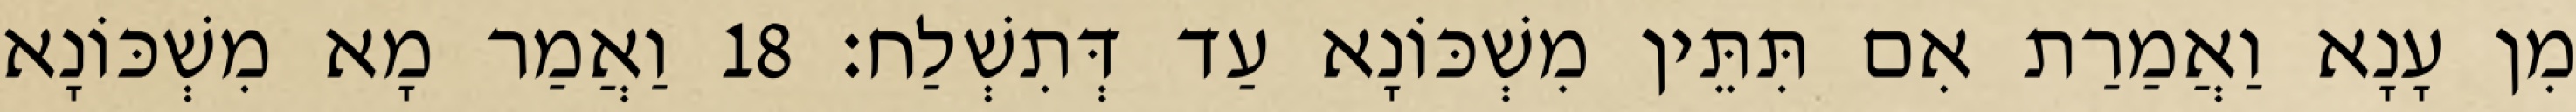
מִן עָנָא וַאֲמַרַת אִם תִּתֵּין מִשְׁכּוֹנָא עַד דְּתִשְׁלַח׃ 18 וַאֲמַר מָא מִשְׁכּוֹנָא